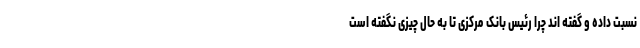
نسبت داده و گفته اند چرا رئیس بانک مرکزی تا به حال چیزی نگفته است